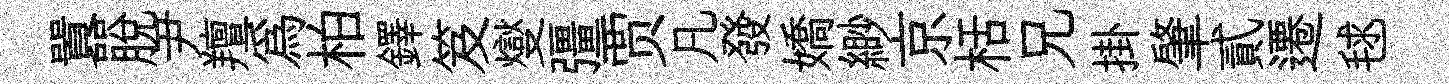
囂脱尹羶為柏鐸笈燮彊贾凡發嬌緲京栝兄掛肇貳遷毬